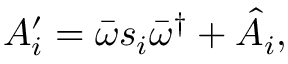
A _ { i } ^ { \prime } = \bar { \omega } s _ { i } \bar { \omega } ^ { \dagger } + \hat { A } _ { i } ,